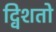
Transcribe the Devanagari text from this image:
द्विशतो